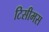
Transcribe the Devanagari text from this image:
टिसीमस